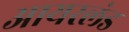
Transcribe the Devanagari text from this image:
आयरलंड